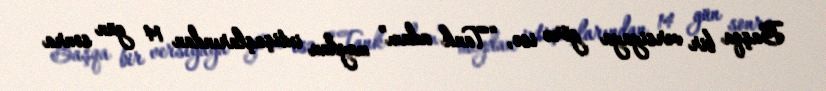
Başqa bir versiyaya görə isə, “Tank adam” meydan ixtişaşlarından 14 gün sonra